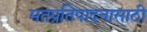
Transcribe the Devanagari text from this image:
मतप्रतिपादनासाठी